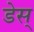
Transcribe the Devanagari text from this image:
डेस्